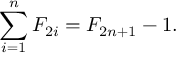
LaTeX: \sum _ { i = 1 } ^ { n } F _ { 2 i } = F _ { 2 n + 1 } - 1 .